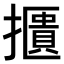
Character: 𢷴